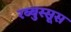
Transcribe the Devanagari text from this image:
रब्बुस्सूस